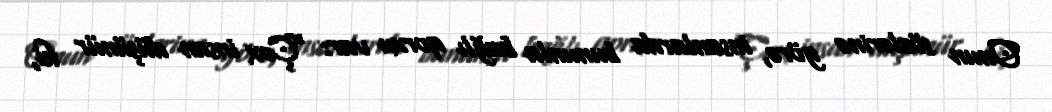
Onun sözlərinə görə, insanlarda bununla bağlı qorxu var: "Çox insan düşünür ki,